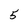
Character: 5